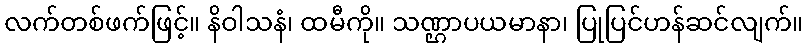
လက်တစ်ဖက်ဖြင့်။ နိဝါသနံ၊ ထမီကို။ သဏ္ဌာပယမာနာ၊ ပြုပြင်ဟန်ဆင်လျက်။